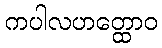
ကပါလဟတ္ထောဝ